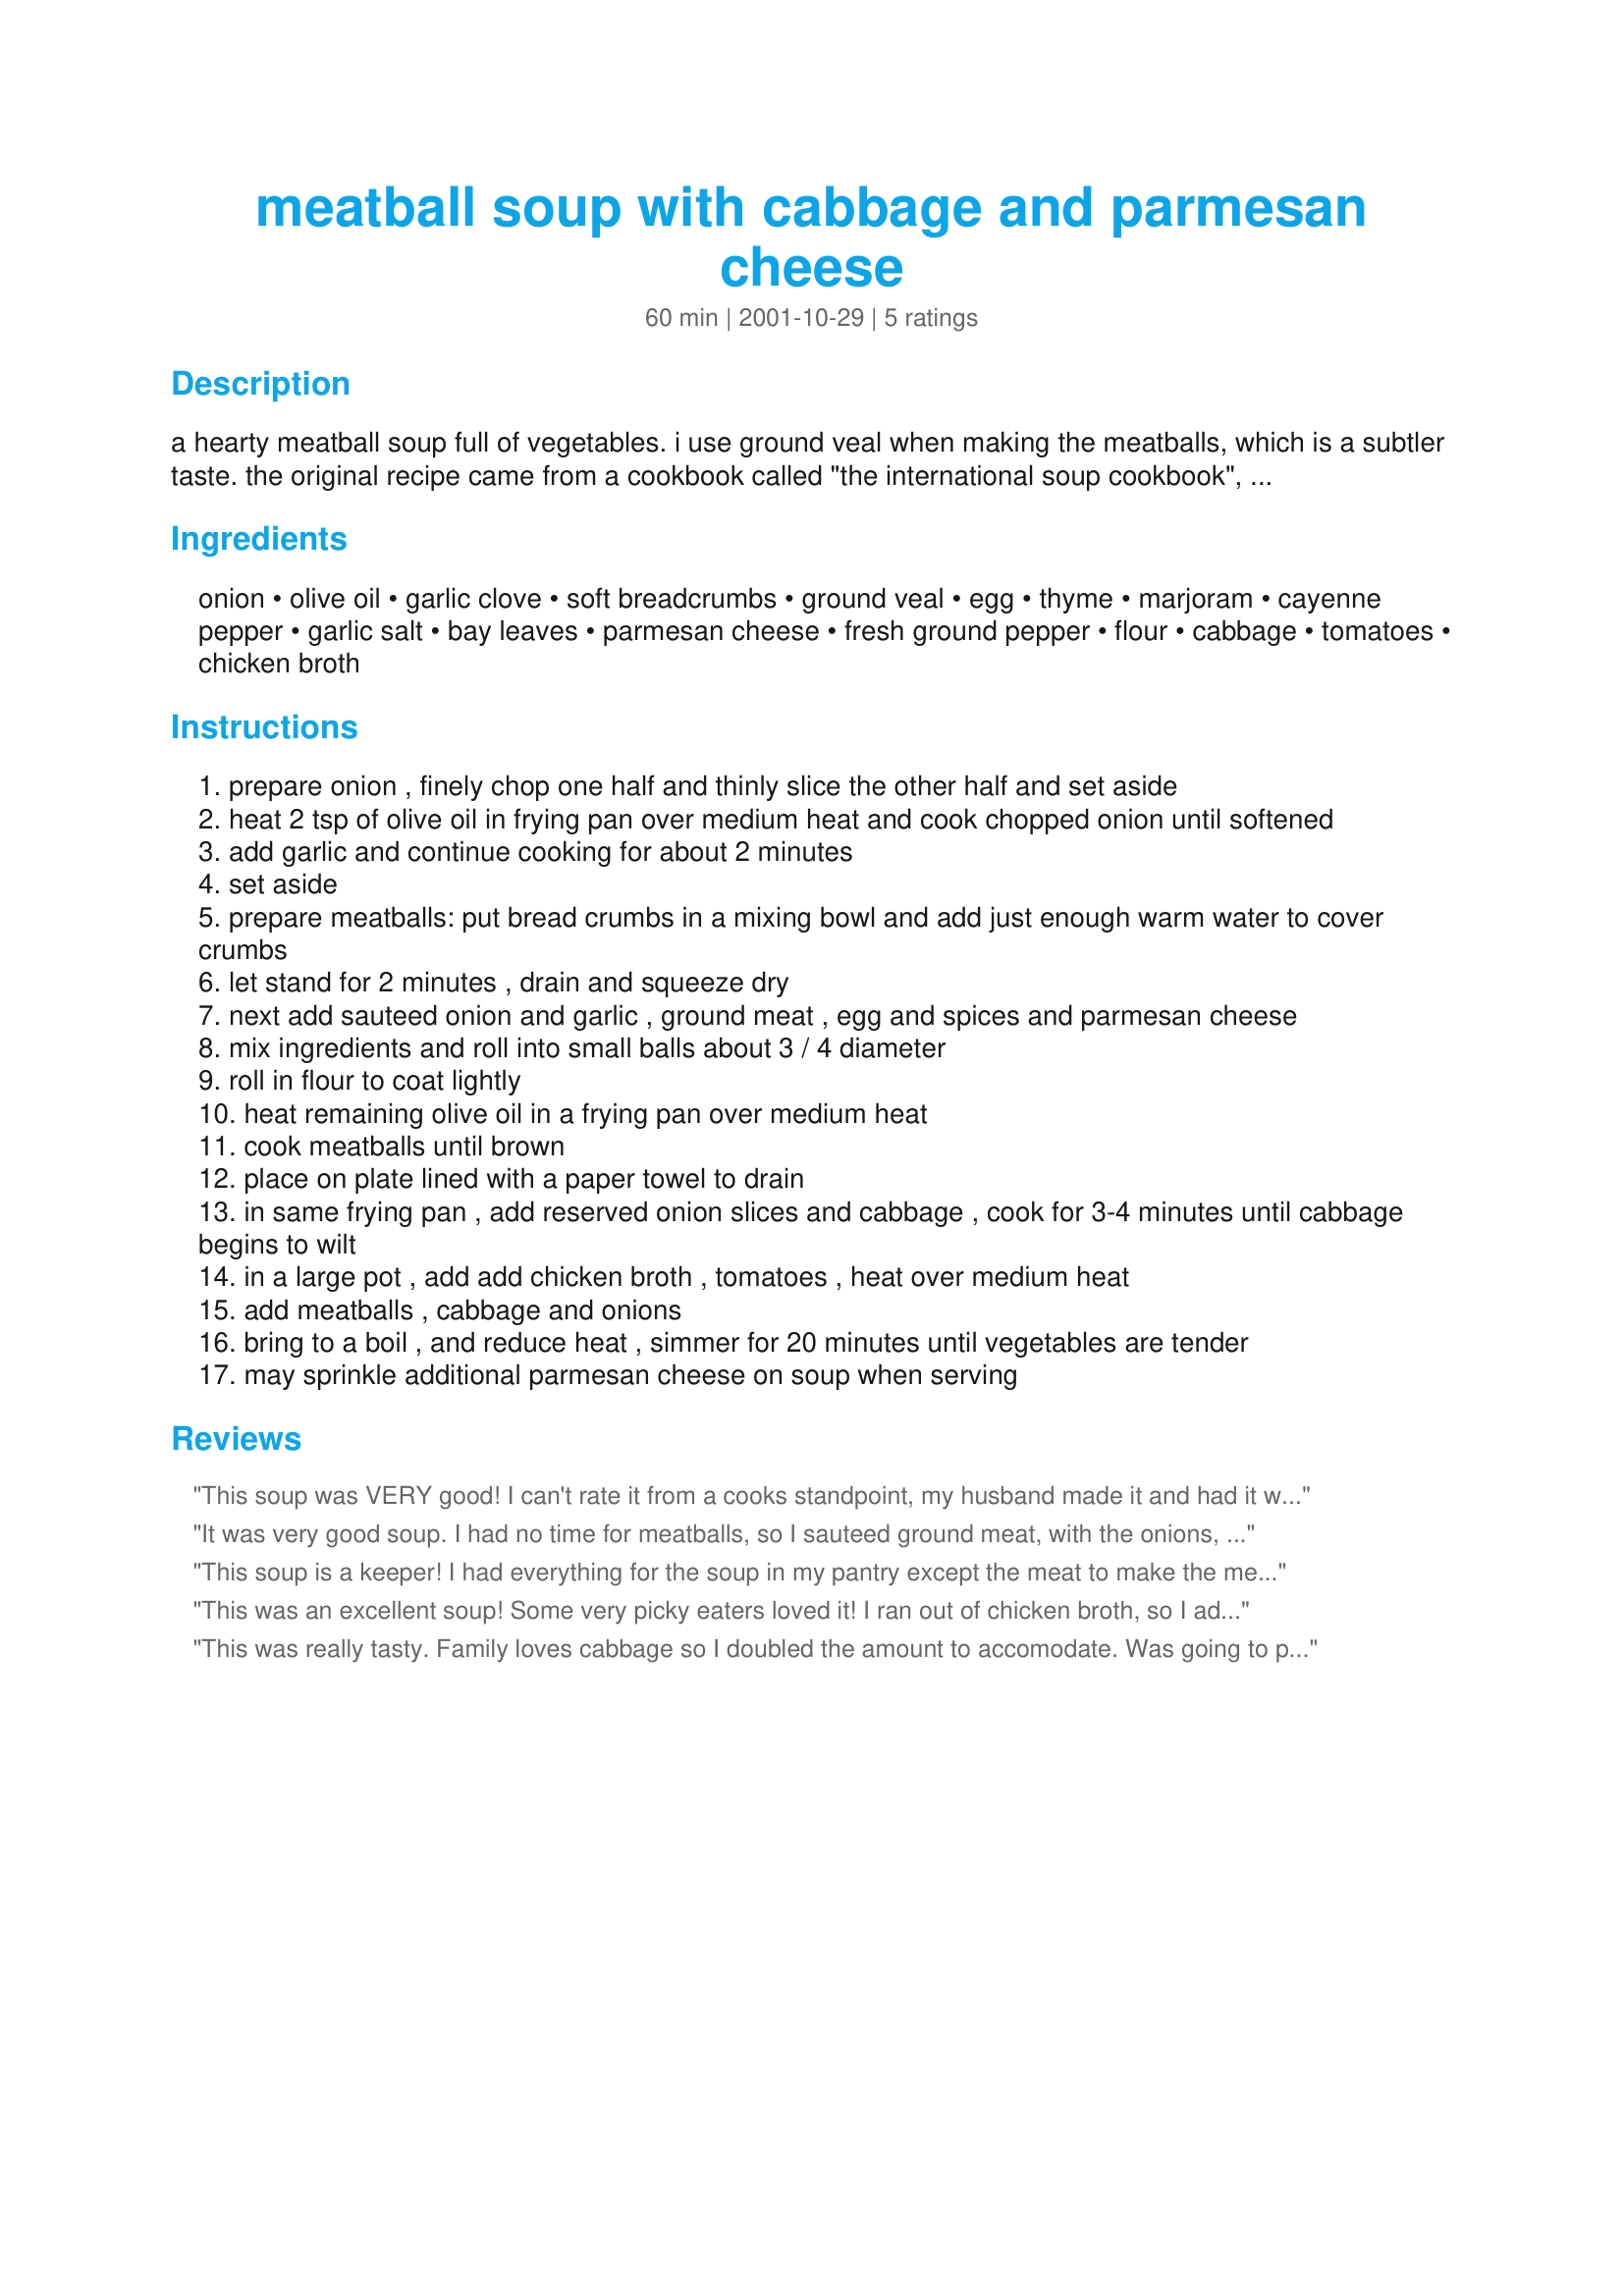
meatball soup with cabbage and parmesan cheese
Preparation time: 60 minutes

a hearty meatball soup full of vegetables. i use ground veal when making the meatballs, which is a subtler taste. the original recipe came from a cookbook called "the international soup cookbook", but i have added additional spices to the meatballs and altered it to our tastes.

Ingredients:
onion, olive oil, garlic clove, soft breadcrumbs, ground veal, egg, thyme, marjoram, cayenne pepper, garlic salt, bay leaves, parmesan cheese, fresh ground pepper, flour, cabbage, tomatoes, chicken broth

Steps:
prepare onion , finely chop one half and thinly slice the other half and set aside
heat 2 tsp of olive oil in frying pan over medium heat and cook chopped onion until softened
add garlic and continue cooking for about 2 minutes
set aside
prepare meatballs: put bread crumbs in a mixing bowl and add just enough warm water to cover crumbs
let stand for 2 minutes , drain and squeeze dry
next add sauteed onion and garlic , ground meat , egg and spices and parmesan cheese
mix ingredients and roll into small balls about 3 / 4 diameter
roll in flour to coat lightly
heat remaining olive oil in a frying pan over medium heat
cook meatballs until brown
place on plate lined with a paper towel to drain
in same frying pan , add reserved onion slices and cabbage , cook for 3-4 minutes until cabbage begins to wilt
in a large pot , add add chicken broth , tomatoes , heat over medium heat
add meatballs , cabbage and onions
bring to a boil , and reduce heat , simmer for 20 minutes until vegetables are tender
may sprinkle additional parmesan cheese on soup when serving

Reviews:
This soup was VERY good! I can't rate it from a cooks standpoint, my husband made it and had it waiting for me when I got home from work. Let me tell you , when I walked in the door, the smell was wonderful!!! There were 3 of us that ate that night , we killed all but about 3 bowls worth!! The leftovers were gone in a snap the next day! This is a great wintertime soup!! YUM!! Thanks for sharing the recipe!!
It was very good soup. I had no time for meatballs, so I sauteed ground meat, with the onions, instead. Next time, I will add barley.
This soup is a keeper! I had everything for the soup in my pantry except the meat to make the meatballs. I did however have a 32 oz. bag of frozen Swedish Meatballs in the freezer, so I browned those and added them to the soup and it was excellent! We did add the Parmesan cheese to each serving. Next time I make it, I will make the meatballs. Thanks for sharing!
This was an excellent soup! Some very picky eaters loved it! I ran out of chicken broth, so I added water and bullion cubes. This is a keeper!
This was really tasty. Family loves cabbage so I doubled the amount to accomodate. Was going to put some in my son's lunch tomorrow, but nothing was left.
